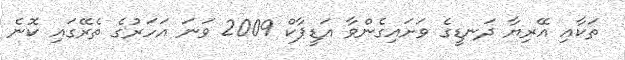
ތަކާއި އޭރިޔާ ދަނޑީގެ ވަށައިގެންވާ އަޑީޕާކް 2009 ވަނަ އަހަރުގެ ތެރޭގައި ކޮނެ